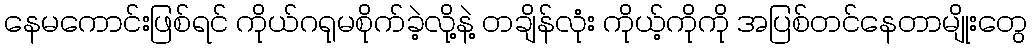
နေမကောင်းဖြစ်ရင် ကိုယ်ဂရုမစိုက်ခဲ့လို့နဲ့ တချိန်လုံး ကိုယ့်ကိုကို အပြစ်တင်နေတာမျိုးတွေ